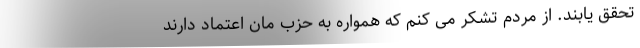
تحقق یابند. از مردم تشکر می کنم که همواره به حزب مان اعتماد دارند